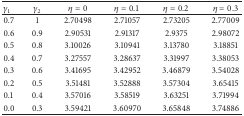
<table><thead><tr><td><b>γ<sub>1</sub></b></td><td><b>γ<sub>2</sub></b></td><td><b>η = 0</b></td><td><b>η = 0.1</b></td><td><b>η = 0.2</b></td><td><b>η = 0.3</b></td></tr></thead><tbody><tr><td>0.7 </td><td> 1 </td><td> 2.70498 </td><td> 2.71057 </td><td> 2.73205 </td><td> 2.77009 </td></tr><tr><td>0.6 </td><td> 0.9 </td><td> 2.90531 </td><td> 2.91317 </td><td> 2.9375 </td><td> 2.98072 </td></tr><tr><td>0.5 </td><td> 0.8 </td><td> 3.10026 </td><td> 3.10941 </td><td> 3.13780 </td><td> 3.18851 </td></tr><tr><td>0.4 </td><td> 0.7 </td><td> 3.27557 </td><td> 3.28637 </td><td> 3.31997 </td><td> 3.38053 </td></tr><tr><td>0.3 </td><td> 0.6 </td><td> 3.41695 </td><td> 3.42952 </td><td> 3.46879 </td><td> 3.54028 </td></tr><tr><td>0.2 </td><td> 0.5 </td><td> 3.51481 </td><td> 3.52888 </td><td> 3.57304 </td><td> 3.65415 </td></tr><tr><td>0.1 </td><td> 0.4 </td><td> 3.57016 </td><td> 3.58519 </td><td> 3.63251 </td><td> 3.71994 </td></tr><tr><td>0.0 </td><td> 0.3 </td><td> 3.59421 </td><td> 3.60970 </td><td> 3.65848 </td><td> 3.74886 </td></tr></tbody></table>